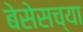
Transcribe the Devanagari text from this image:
बेसेसच्या